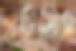
পটিতিস